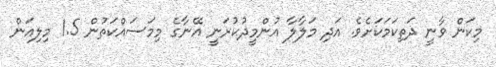
މިކަން ވާނީ ދަތިކަމަކަށެވެ. އަދި މަލާލާ އުންމީދުކުރަނީ އޭނާގެ މިމަސައްކަތުން 1.5 މިލިއަން